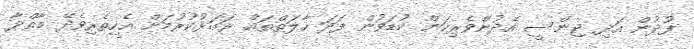
ފުދުން އަދި ޖިންސީ އެދުންވެރިކަން ކުޑަވުން ފަދަ ހާލަތްތައް ރަގަޅުކުރުމަށް އެހީތެރިވެދޭ މާއްދާ